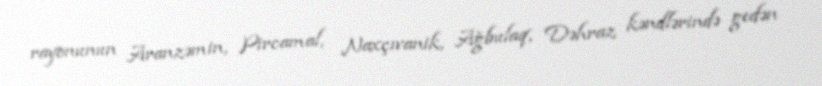
rayonunun Aranzəmin, Pircamal, Naxçıvanik, Ağbulaq, Dəhraz kəndlərində gedən